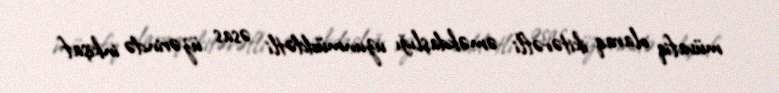
müvafiq olaraq ikitərəfli əməkdaşlığı uzunmüddətli əsas üzərində inkişaf